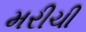
મરીચી